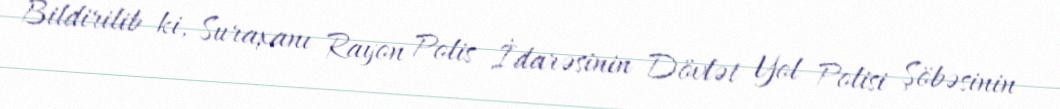
Bildirilib ki, Suraxanı Rayon Polis İdarəsinin Dövlət Yol Polisi Şöbəsinin